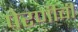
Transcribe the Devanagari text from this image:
पेरणीची